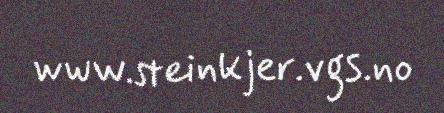
www.steinkjer.vgs.no